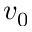
v _ { 0 }